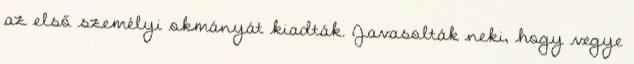
az első személyi okmányát kiadták. Javasolták neki, hogy vegye